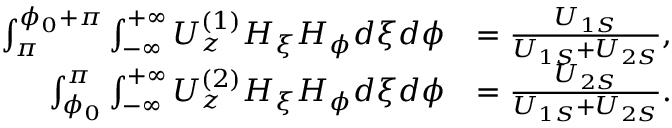
\begin{array} { r l } { \int _ { \pi } ^ { \phi _ { 0 } + \pi } \int _ { - \infty } ^ { + \infty } U _ { z } ^ { ( 1 ) } H _ { \xi } H _ { \phi } d \xi d \phi } & { = \frac { U _ { 1 S } } { U _ { 1 S } + U _ { 2 S } } , } \\ { \int _ { \phi _ { 0 } } ^ { \pi } \int _ { - \infty } ^ { + \infty } U _ { z } ^ { ( 2 ) } H _ { \xi } H _ { \phi } d \xi d \phi } & { = \frac { U _ { 2 S } } { U _ { 1 S } + U _ { 2 S } } . } \end{array}